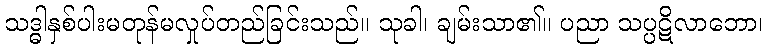
သဒ္ဓါနှစ်ပါးမတုန်မလှုပ်တည်ခြင်းသည်။ သုခါ၊ ချမ်းသာ၏။ ပညာ သပ္ပဋိလာဘော၊